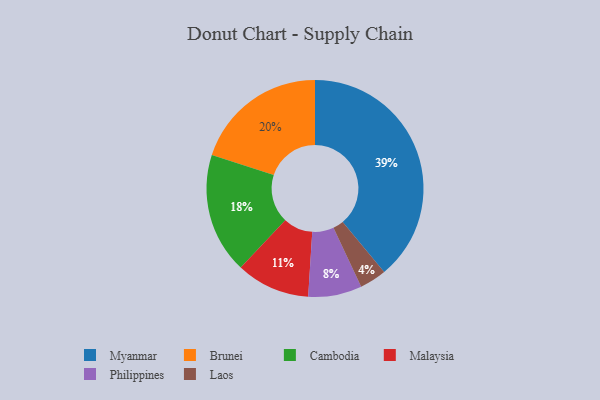
{"axis": {"x": "Category", "y": "Percentage"}, "legend": ["Brunei", "Cambodia", "Laos", "Malaysia", "Myanmar", "Philippines"], "data": [{"x": "Malaysia", "y": 11, "type": "Malaysia"}, {"x": "Laos", "y": 4, "type": "Laos"}, {"x": "Philippines", "y": 8, "type": "Philippines"}, {"x": "Myanmar", "y": 39, "type": "Myanmar"}, {"x": "Cambodia", "y": 18, "type": "Cambodia"}, {"x": "Brunei", "y": 20, "type": "Brunei"}]}